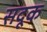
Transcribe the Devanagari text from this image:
सदूक